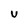
Character: v